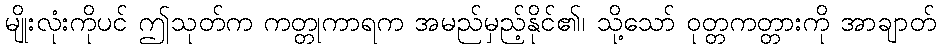
မျိုးလုံးကိုပင် ဤသုတ်က ကတ္တုကာရက အမည်မှည့်နိုင်၏၊ သို့သော် ဝုတ္တကတ္တားကို အာချာတ်